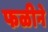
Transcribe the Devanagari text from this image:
फळीने